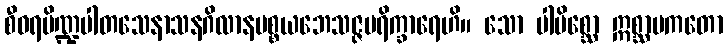
စီဝရပိဏ္ဍပါတသေနာသနဂိလာနပစ္စယဘေသဇ္ဇပရိက္ခာရေဟိ။ သော ပါပိစ္ဆော ဣစ္ဆာပကတော